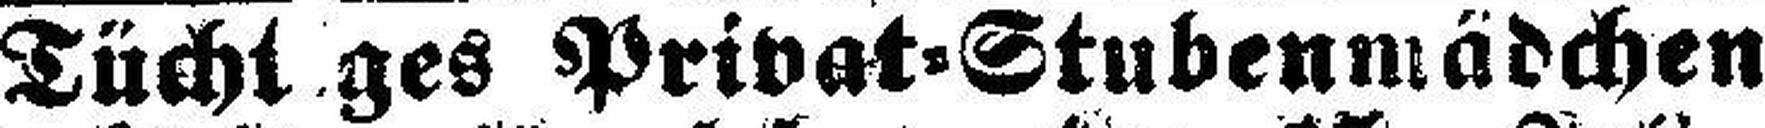
Tüchtiges Privat=Stubenmädchen